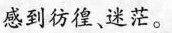
感到彷徨、迷茫。